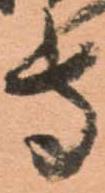
守